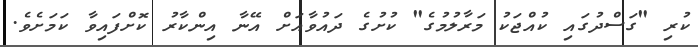
ކުރި "ގަސްދުގައި ކުއްޖަކު މަރާލުމުގެ" ކުށުގެ ދައުވާއަށް އޭނާ އިންކާރު ކޮށްފައިވާ ކަމަށެވެ.